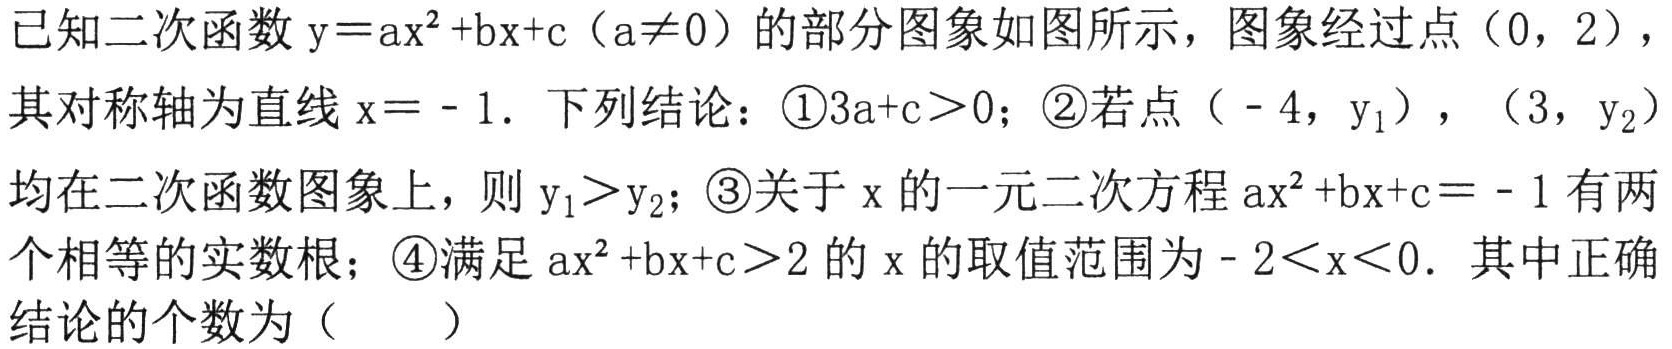
已知二次函数\(y = ax^{2}+bx + c（a\neq0）\)的部分图象如图所示，图象经过点\((0,2)\)，其对称轴为直线\(x = - 1\). 下列结论：\textcircled{1}\(3a + c>0\)；\textcircled{2}若点\(( - 4,y_{1})\)，\((3,y_{2})\)均在二次函数图象上，则\(y_{1}>y_{2}\)；\textcircled{3}关于\(x\)的一元二次方程\(ax^{2}+bx + c = - 1\)有两个相等的实数根；\textcircled{4}满足\(ax^{2}+bx + c>2\)的\(x\)的取值范围为\(- 2\lt x\lt0\). 其中正确结论的个数为（  ）